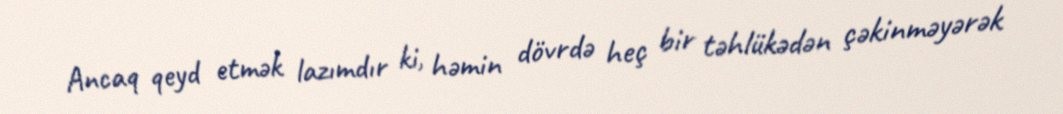
Ancaq qeyd etmək lazımdır ki, həmin dövrdə heç bir təhlükədən çəkinməyərək